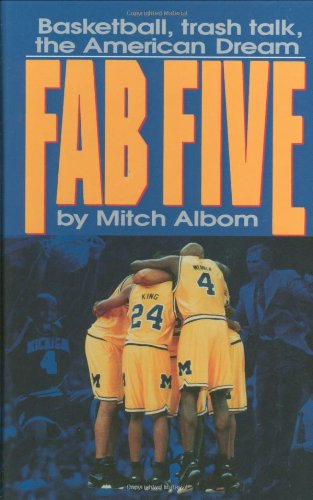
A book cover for The Fab Five: Basketball Trash Talk the American Dream; Mitch Albom; Sports & Outdoors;